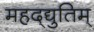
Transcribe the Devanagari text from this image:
महद्‌द्युतिम्